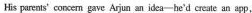
His parents'corcen gave Arjun an idea-he'd create an app,